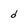
Character: d